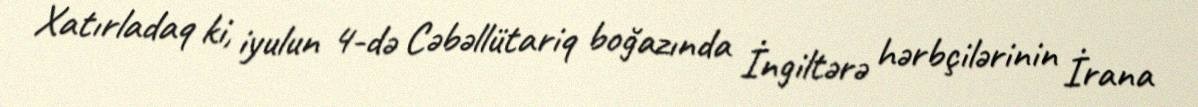
Xatırladaq ki, iyulun 4-də Cəbəllütariq boğazında İngiltərə hərbçilərinin İrana